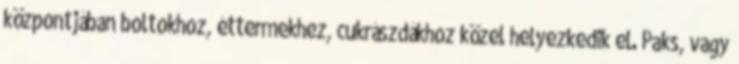
központjában boltokhoz, éttermekhez, cukrászdákhoz közel helyezkedik el. Paks, vagy